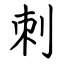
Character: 刺